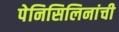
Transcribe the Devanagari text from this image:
पेनिसिलिनांची